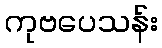
ကုဗပေသန်း